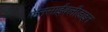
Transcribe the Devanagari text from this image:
फेनसाईक्लीडाइन